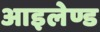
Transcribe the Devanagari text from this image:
आइलेण्ड